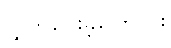
လွှတ်ပေးခဲ့ကြောင်း